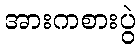
အားကစားပွဲ